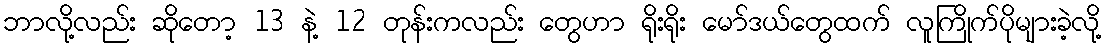
ဘာလို့လည်း ဆိုတော့ 13 နဲ့ 12 တုန်းကလည်း တွေဟာ ရိုးရိုး မော်ဒယ်တွေထက် လူကြိုက်ပိုများခဲ့လို့